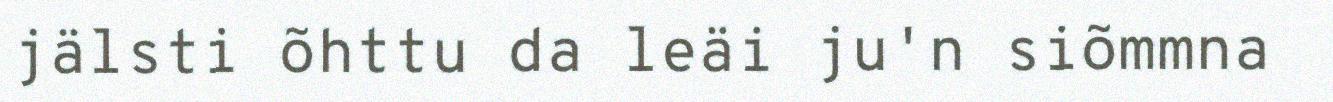
jälsti õhttu da leäi ju'n siõmmna